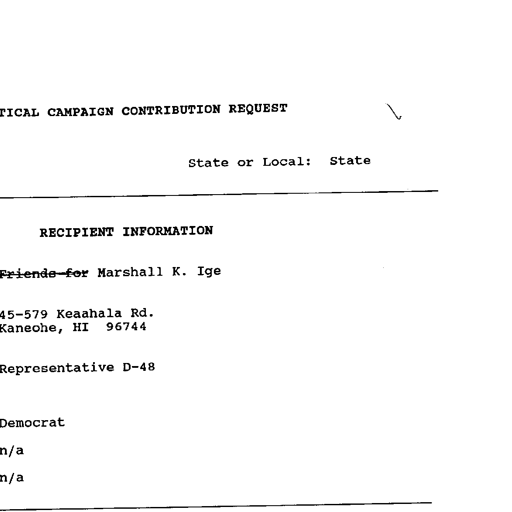
POLITICAL CAMPAIGN CONTRIBUTION REQUEST L
State or Local: State
RECIPIENT INFORMATION
Friends for Marshall K. Ige
45-579 Keaahala Rd.
Kaneohe, HI 96744
Representative D-48
Democrat
n/a
n/a